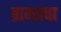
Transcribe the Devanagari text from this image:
ब्राम्सचा